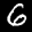
Label: 6